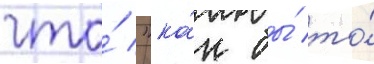
что́ "ка́к бы́ то́